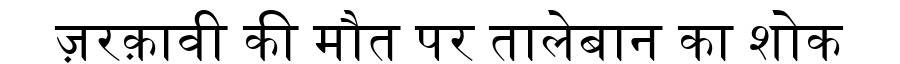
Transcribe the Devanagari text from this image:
ज़रक़ावी की मौत पर तालेबान का शोक